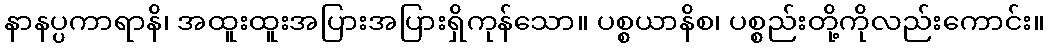
နာနပ္ပကာရာနိ၊ အထူးထူးအပြားအပြားရှိကုန်သော။ ပစ္စယာနိစ၊ ပစ္စည်းတို့ကိုလည်းကောင်း။